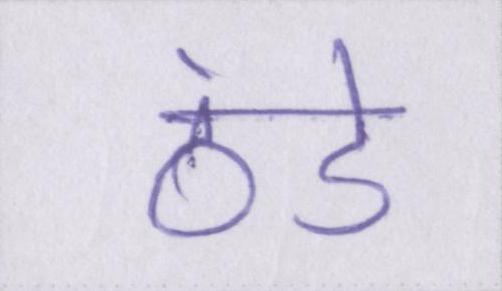
ठंडे